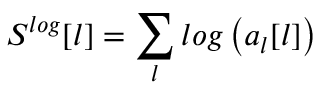
S ^ { l o g } [ l ] = \sum _ { l } l o g \left( a _ { l } [ l ] \right)